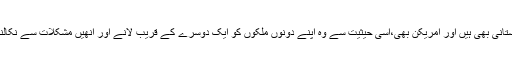
ان کی دوہری حیثیت ہے وہ پاکستانی بھی ہیں اور امریکن بھی،اسی حیثیت سے وہ اپنے دونوں ملکوں کو ایک دوسرے کے قریب لانے اور انھیں مشکلات سے نکالنے میں کردار ادا کر سکتے ہیں۔